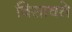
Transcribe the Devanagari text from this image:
विसावते